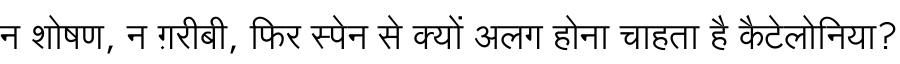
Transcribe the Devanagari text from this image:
न शोषण, न ग़रीबी, फिर स्पेन से क्यों अलग होना चाहता है कैटेलोनिया?